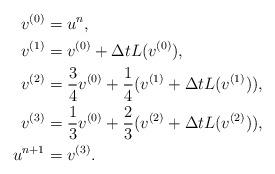
LaTeX: \begin{align*} v^{(0)}&=u^n,\\ v^{(1)}& =v^{(0)}+\Delta t L(v^{(0)}),\\ v^{(2)}&=\frac{3}{4}v^{(0)}+\frac{1}{4}(v^{(1)}+\Delta t L(v^{(1)})),\\ v^{(3)}&=\frac{1}{3}v^{(0)}+\frac{2}{3}(v^{(2)}+\Delta t L(v^{(2)})),\\ u^{n+1}&=v^{(3)}. \end{align*}